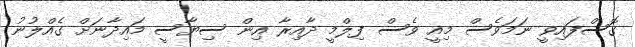
ގޮސްފައިވީ ނަމަވެސް މިއީ ވެސް ފިލްމީ ދާއިރާ އިން ސިޔާސީ މައިދާނަށް ގެއްލުނު